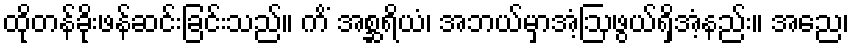
ထိုတန်ခိုးဖန်ဆင်းခြင်းသည်။ ကိံ အစ္ဆရိယံ၊ အဘယ်မှာအံ့ဩဖွယ်ရှိအံ့နည်း။ အညေ၊